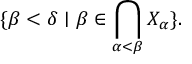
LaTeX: \displaystyle \{ \beta < \delta \mid \beta \in \bigcap _ { \alpha < \beta } X _ { \alpha } \} .